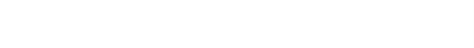
ကြောက်စရာကြီး၊ စစ်သားတွေမှာလည်း ဒဏ်ရာတွေနဲ့ သွေးတွေချည်းပဲ၊ သမီးတော့ သိပ်ကြောက်နေပြီ၊